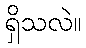
ရှိသလဲ။